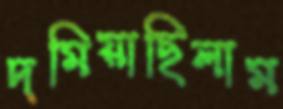
দমিয়াছিলাম